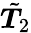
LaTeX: \tilde{\boldsymbol{T}}_{2}